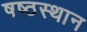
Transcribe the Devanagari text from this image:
षष्ठस्थान